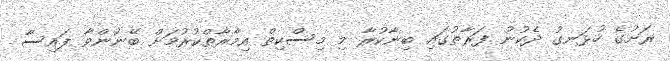
ރަށުގެ ހުޅަނގު ދެކުނު ފަރާތުގައި ބިނާކުރާ މި މިސްކިތް އިމާރާތްކުރުމަށް ބޭނުންވާ ފައިސާ